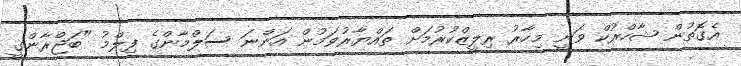
އެގޮތުން ޝާހްރުކް ވަނީ މިހާރު ރިލީޒްކުރުމަށް ތައްޔާރުވަމުން އަންނަ ސަލްމާންގެ ފިލްމު "ބަޖްރާންގީ